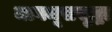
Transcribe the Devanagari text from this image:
मागमूससुद्धा